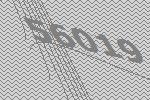
56019